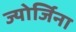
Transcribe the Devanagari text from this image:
ज्योर्जिना